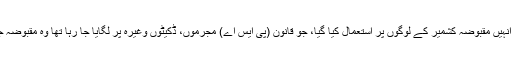
جو ہتھیار جانوروں پر استعمال کئے جاتے ہیں انہیں مقبوضہ کشمیر کے لوگوں پر استعمال کیا گیا، جو قانون (پی ایس اے) مجرموں، ڈکیٹوں وغیرہ پر لگایا جا رہا تھا وہ مقبوضہ جموں وکشمیر کے لوگوں پر نافذ کر دیاجاتا ہے۔